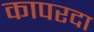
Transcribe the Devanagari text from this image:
कापरदा